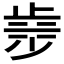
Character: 𣥿